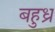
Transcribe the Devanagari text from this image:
बहुध्र